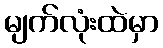
မျက်လုံးထဲမှာ